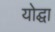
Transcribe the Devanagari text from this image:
योद्घा